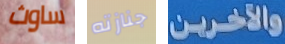
ساوث جنازته والآخرين